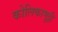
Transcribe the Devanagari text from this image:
कोलिकामुट्ठी